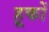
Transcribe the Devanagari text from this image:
हूकों